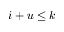
i + u \le k